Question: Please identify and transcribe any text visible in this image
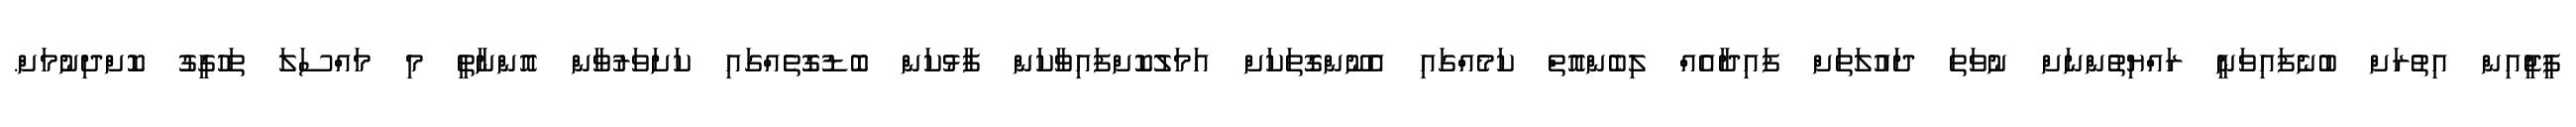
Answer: ޕީޖީއިން އިތުރަށް ބުނެފައިވަނީ ރައްޔިތުންނަށް ނުވަތަ ދައުލަތަށް ފައިދާއެއް ލިބެންއޮތް ކަމެއްގައި އެނޫންގޮތަކަށް އަމަލުކޮށްފައިވާކަން ފާޅުކަން ބޮޑުގޮތެއްގައި ކަށަވަރުވާން އޮންނާތީ މި މައްސަލަ ތަހުގީގު ކޮށްދިނުމަށް.